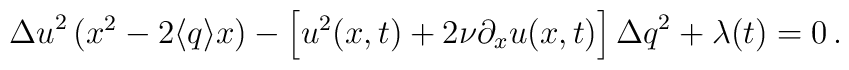
{\Delta u}^2\, (x^{2} -2\langle q \rangle x) - \left[ u^{2}(x,t) +2\nu\partial_{x}u(x,t)\right] {\Delta q}^2 + \lambda(t) = 0 \, .